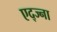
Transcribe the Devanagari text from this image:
एद्ज्ना